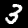
Label: 3